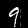
Digit: 9